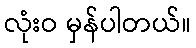
လုံးဝ မှန်ပါတယ်။